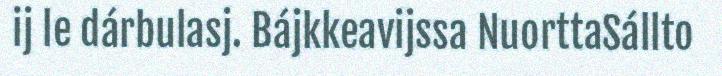
ij le dárbulasj. Bájkkeavijssa NuorttaSállto